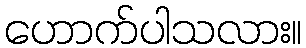
ဟောက်ပါသလား။